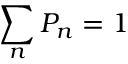
\sum _ { n } P _ { n } = 1